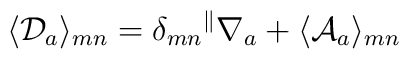
\langle {\cal D}_a\rangle_{mn}=\delta_{mn}{}^\parallel\nabla_a+\langle {\cal A}_a\rangle_{mn}